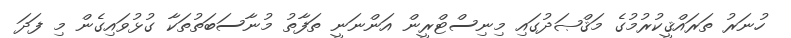
ހުނަރު ތަރައްޤީކުރުމުގެ މަޤްޞަދުގައި މިނިސްޓްރީން އަންނަނީ ތަފާތު މުނާސަބަތުތަކާ ގުޅުވައިގެން މި ފަދަ